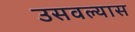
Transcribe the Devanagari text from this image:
उसवल्यास